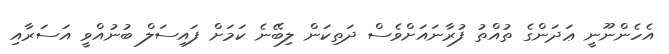
އެހެންނޫނީ ޢަދަންގެ ތުއްތު ފުރާނައަށްވެސް ދަތިކަން ލިބޭނެ ކަމަށް ފައިސަލް ބުނުއްވީ އަސަރާއި